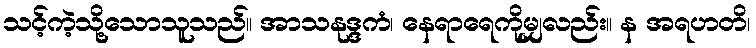
သင့်ကဲ့သို့သောသူသည်။ အာသနုဒ္ဒကံ၊ နေရာရေကိုမျှလည်း။ န အရဟတိ၊